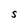
Character: S